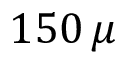
1 5 0 \, \mu